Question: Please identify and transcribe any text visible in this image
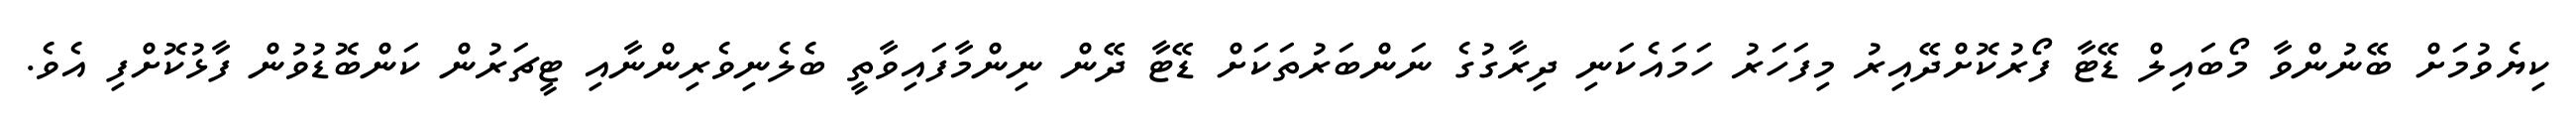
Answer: ކިޔެވުމަށް ބޭނުންވާ މޯބައިލް ޑޭޓާ ފޯރުކޮށްދޭއިރު މިފަހަރު ހަމައެކަނި ދިރާގުގެ ނަންބަރުތަކަށް ޑޭޓާ ދޭން ނިންމާފައިވާތީ ބެލެނިވެރިންނާއި ޓީޗަރުން ކަންބޮޑުވުން ފާޅުކޮށްފި އެވެ.